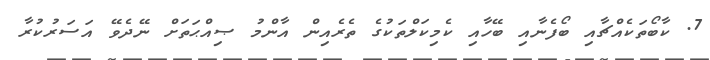
7. ކާބޯތަކެއްޗާއި ބޯފެނާއި ބޭހާއި ކެމިކަލްތަކުގެ ތެރެއިން އާންމު ޞިއްޙަތަށް ނޭދެވޭ އަސަރުކުރާ